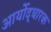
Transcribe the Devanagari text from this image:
आर्योद्धारक